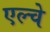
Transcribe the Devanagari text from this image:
एल्चे